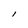
Character: l